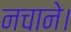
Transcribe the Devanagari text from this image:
नचाने।